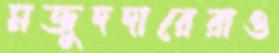
মজুদদারেরাও